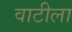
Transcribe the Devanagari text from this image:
वाटीला